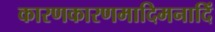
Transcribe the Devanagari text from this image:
कारणकारणमादिमनादिं